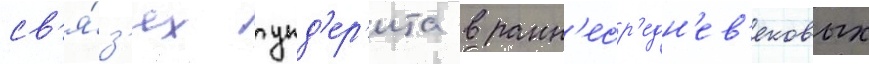
св'я́з'ях гунд'ер'ита в ранн'еср'едн'ев'ековых